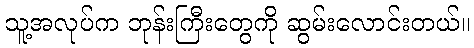
သူ့အလုပ်က ဘုန်းကြီးတွေကို ဆွမ်းလောင်းတယ်။